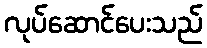
လုပ်ဆောင်ပေးသည်